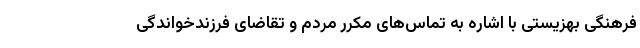
فرهنگی بهزیستی با اشاره به تماس‌های مکرر مردم و تقاضای فرزندخواندگی